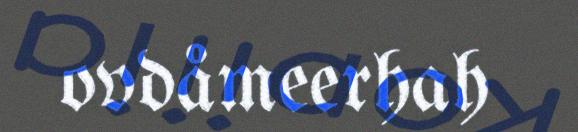
ovdåmeerhah